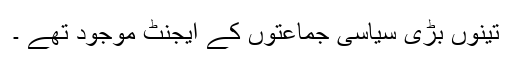
تینوں بڑی سیاسی جماعتوں کے ایجنٹ موجود تھے ۔